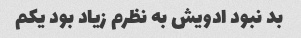
بد نبود ادویش به نظرم زیاد بود یکم